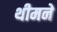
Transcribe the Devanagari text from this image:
थीमने